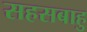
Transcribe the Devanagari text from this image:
सहसबाहु